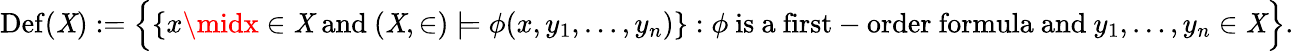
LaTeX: \operatorname{Def}(\mathit{X}):={\Bigl\{ }\{ x\midx\in\mathit{X}{\mathrm{{~and~}}}(\mathit{X},\in)\models\phi(x,y_{1},\ldots,y_{n})\} :\phi{\mathrm{{~is~a~first-order~formula~and~}}}y_{1},\ldots,y_{n}\in\mathit{X}{\Bigr\} }.